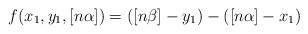
LaTeX: \begin{align*}f(x_1,y_1,[n\alpha]) = ([n\beta]-y_1)-([n\alpha]-x_1)\end{align*}